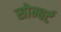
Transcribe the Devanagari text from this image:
सोम्बर्ट